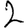
Digit: 2